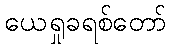
ယေရှုခရစ်တော်